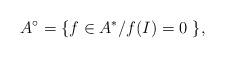
LaTeX: \begin{gather*}A^\circ = \{f \in A^*/ f(I)=0 \ \},\end{gather*}